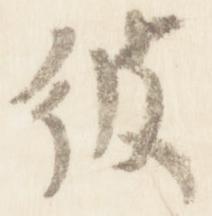
彼